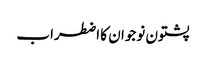
پشتون نوجوان کا اضطراب